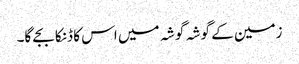
زمین کے گوشہ گوشہ میں اس کا ڈنکا بجے گا۔